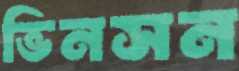
ভিনসন